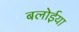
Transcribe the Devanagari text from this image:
बलोईया